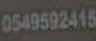
0549592415